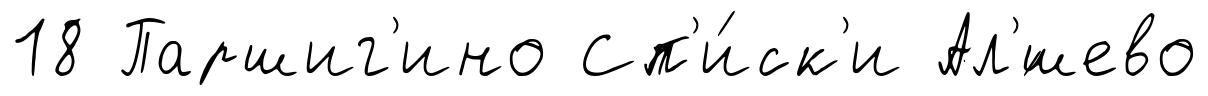
18 Паршиг'ино Сп'и́ск'и Ал'́шево